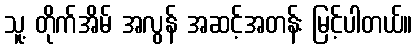
သူ့ တိုက်အိမ် အလွန် အဆင့်အတန်း မြင့်ပါတယ်။